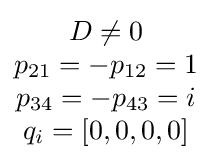
\scriptstyle {\begin{matrix}D\neq 0\\p_{21}=-p_{12}=1\\p_{34}=-p_{43}=i\\q_{i}=[0,0,0,0]\end{matrix}}